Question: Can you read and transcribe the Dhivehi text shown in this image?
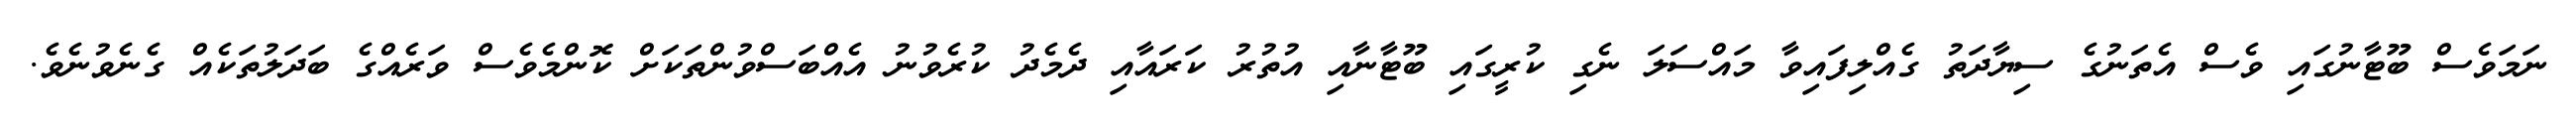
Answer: ނަމަވެސް ބޫޓާނުގައި ވެސް އެތަނުގެ ސިޔާދަތު ގެއްލިފައިވާ މައްސަލަ ނެގި ކުރީގައި ބޫޓާނާއި އުތުރު ކަރައާއި ދެމެދު ކުރެވުނު އެއްބަސްވުންތަކަށް ކޮންމެވެސް ވަރެއްގެ ބަދަލުތަކެއް ގެނެވުނެވެ.